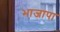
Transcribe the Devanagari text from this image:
भाजापा